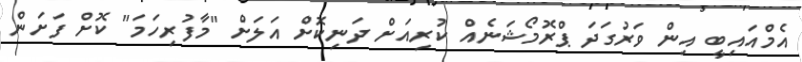
އެމްއައިބީ އިން ވަރުގަދަ ޕްރޮމޯޝަނެއް ކުރިއަށް ދަނިކޮށް އަލަށް "މާފުރިހަމަ" ކޮށް ފަށަން